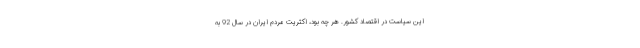
این سیاست در اقتصاد کشور. هر چه بود، اکثریت مردم ایران در سال 92 به